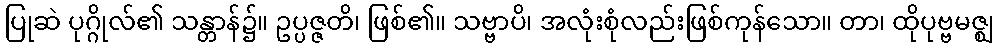
ပြုဆဲ ပုဂ္ဂိုလ်၏ သန္တာန်၌။ ဥပ္ပဇ္ဇတိ၊ ဖြစ်၏။ သဗ္ဗာပိ၊ အလုံးစုံလည်းဖြစ်ကုန်သော။ တာ၊ ထိုပုဗ္ဗမဇ္ဈ